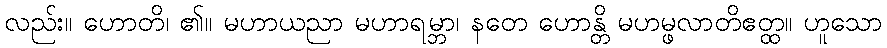
လည်း။ ဟောတိ၊ ၏။ မဟာယညာ မဟာရမ္ဘာ၊ နတေ ဟောန္တိ မဟမ္ဖလာတိဧတ္ထ။ ဟူသော